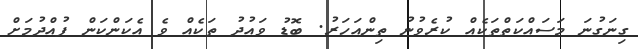
ގިނަގުނަ މަސައްކަތްތަކެއް ކުރެވުނު ތިންއަހަރު. ބޮޑު ވައުދު ތަކެއް ވެ އެކަންކަން ފުއްދުމަށް